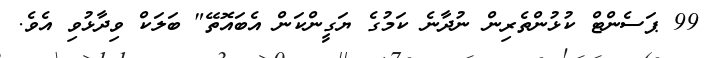
99 ޕަސެންޓް ކުޅުންތެރިން ނުދާނެ ކަމުގެ ޔަގީންކަން އެބައޮތޭ" ބަލަކް ވިދާޅުވި އެވެ.